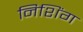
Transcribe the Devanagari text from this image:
निशिंग